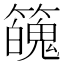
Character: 𥶱